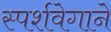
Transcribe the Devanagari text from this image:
स्पर्शवेगाने